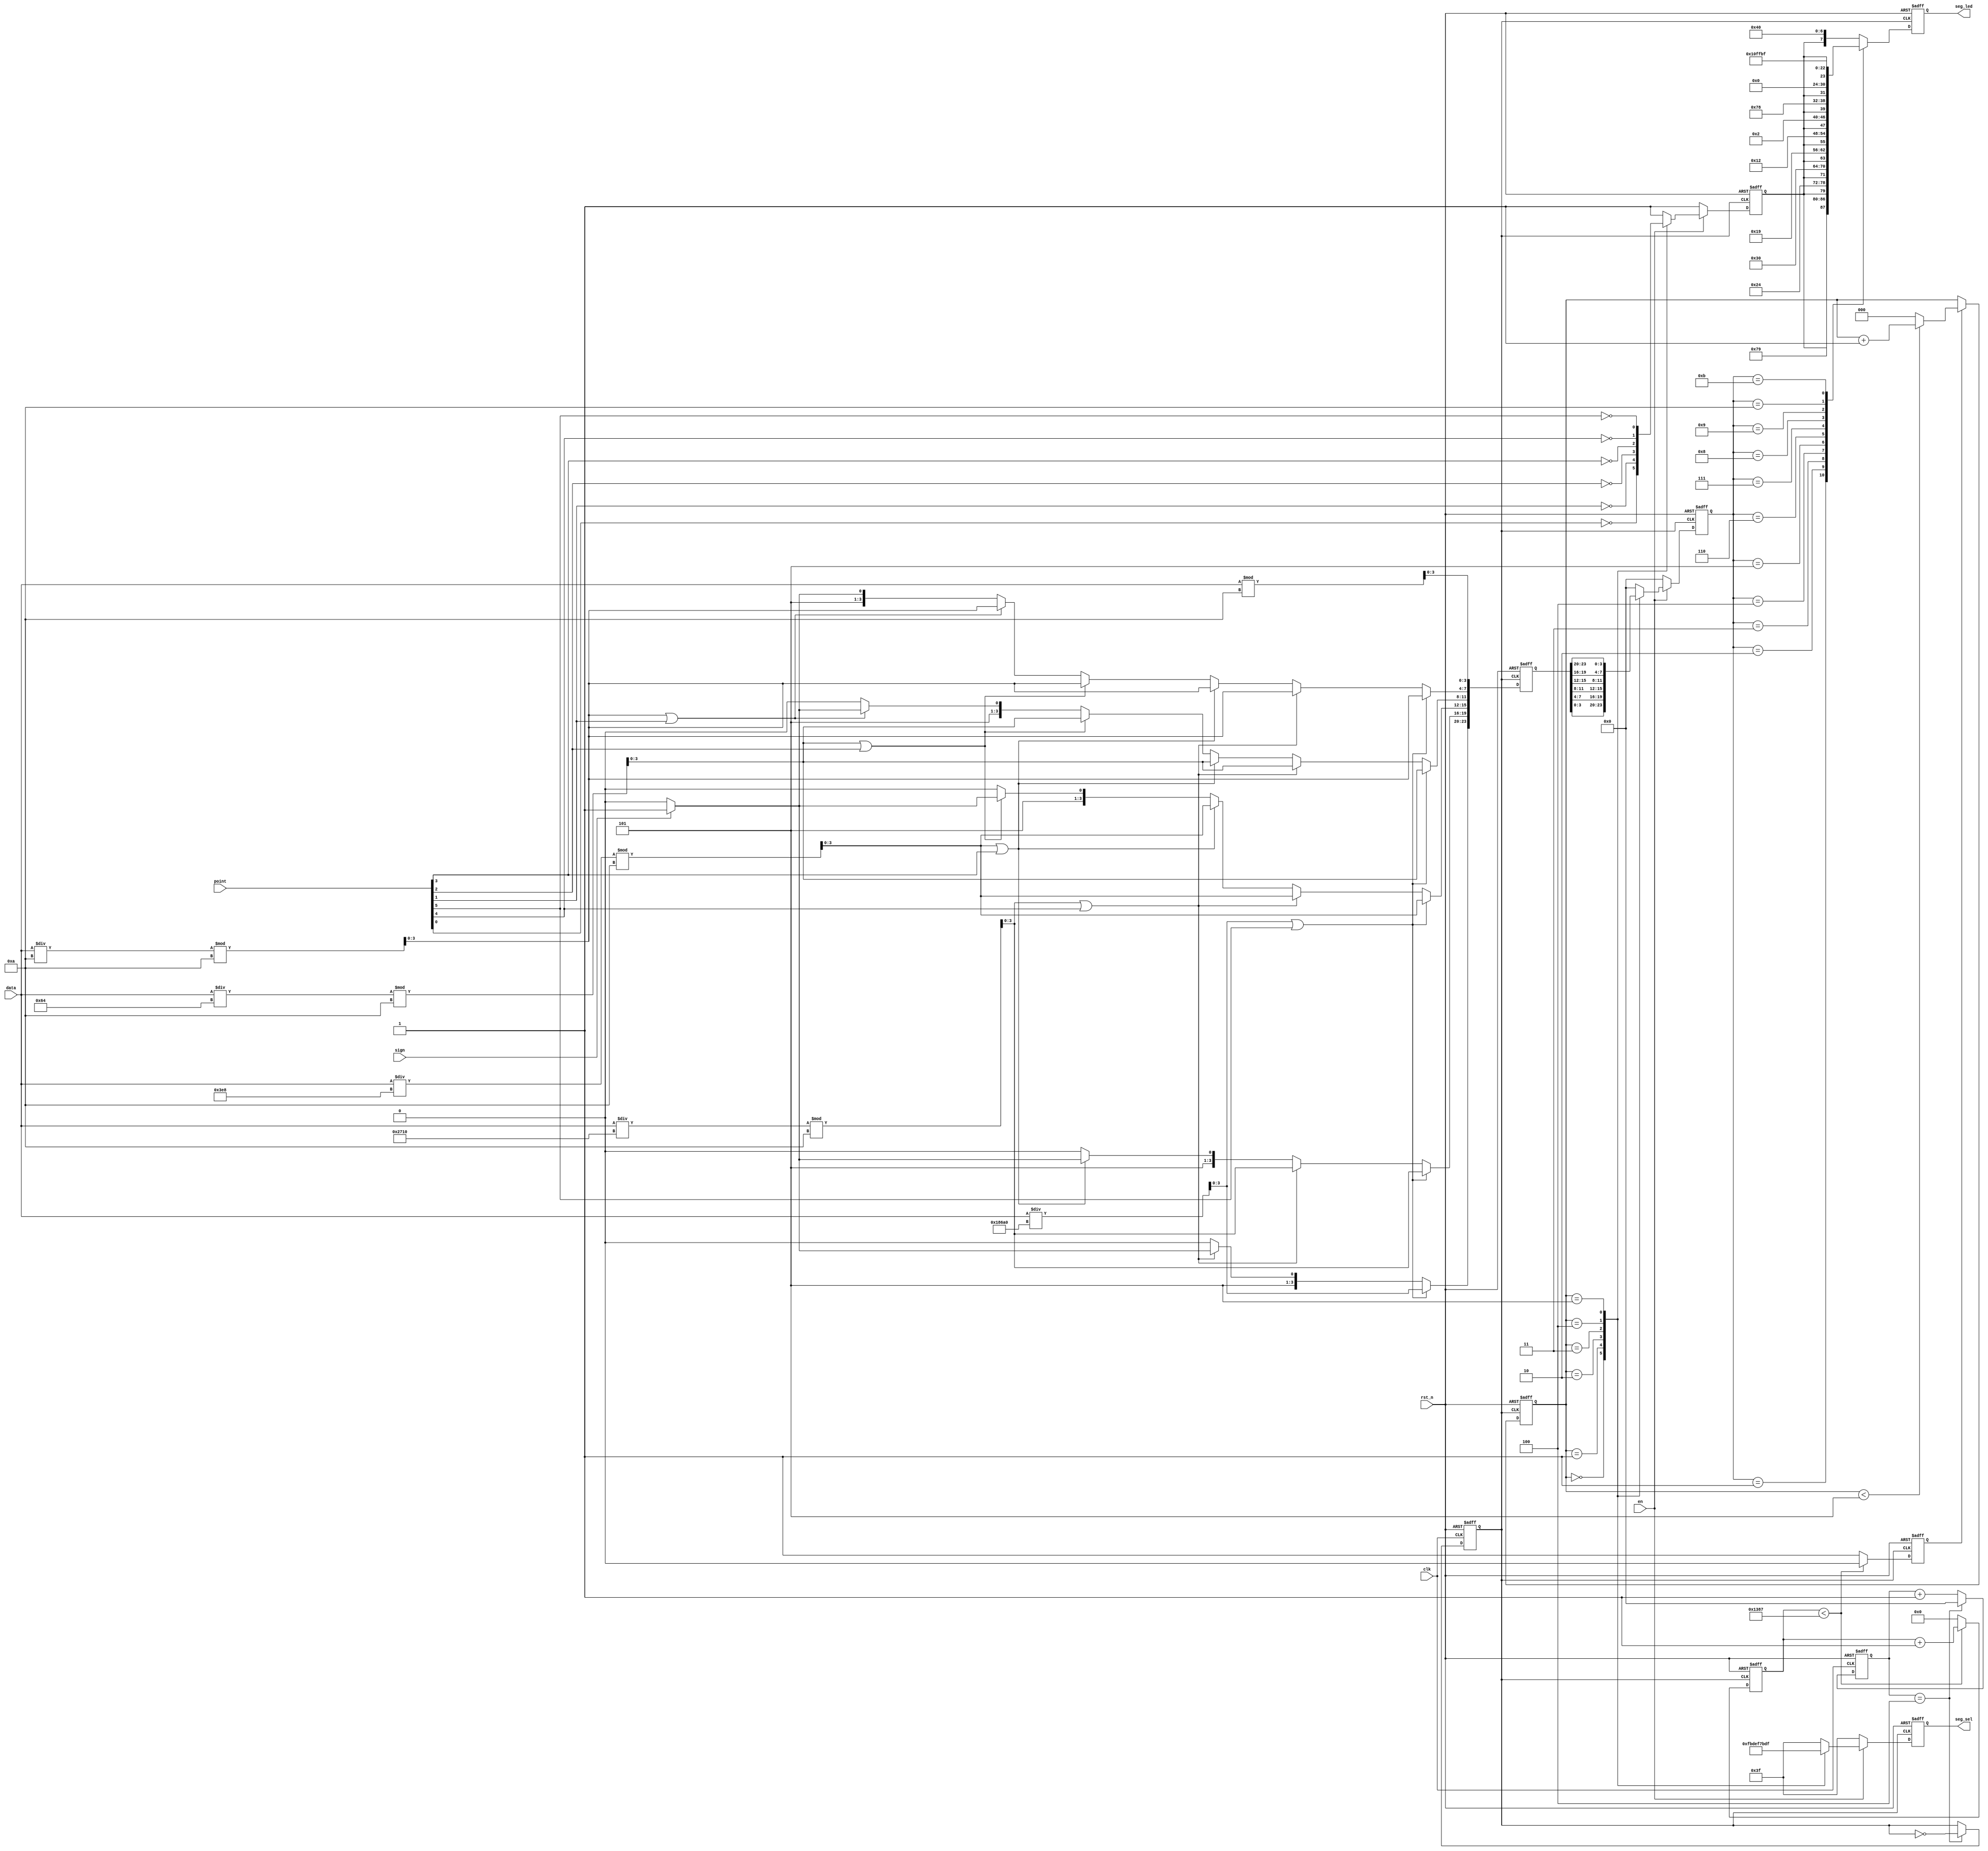
//****************************************Copyright (c)***********************************//
//www.openedv.com
//http://openedv.taobao.com
//""FPGA & STM32
//
//Copyright(C)  2018-2028
//All rights reserved
//----------------------------------------------------------------------------------------
// File name:           seg_led
// Last modified Date:  2018/3/13 9:03:06
// Last Version:        V1.0
// Descriptions:        
//----------------------------------------------------------------------------------------
// Created by:          
// Created date:        2018/3/13 9:03:09
// Version:             V1.0
// Descriptions:        The original version
//
//----------------------------------------------------------------------------------------
//****************************************************************************************//

module seg_led(
    input                   clk    ,        // 
    input                   rst_n  ,        // 

    input         [19:0]    data   ,        // 6
    input         [5:0]     point  ,        // ,,
    input                   en     ,        // 
    input                   sign   ,        // -

    output   reg  [5:0]     seg_sel,        // 
    output   reg  [7:0]     seg_led         // 
    );

//parameter define
localparam  CLK_DIVIDE = 4'd10     ;        // 
localparam  MAX_NUM    = 13'd5000  ;        // (5MHz)1ms

//reg define
reg    [ 3:0]             clk_cnt  ;        // 
reg                       dri_clk  ;        // ,5MHz
reg    [23:0]             num      ;        // 24bcd
reg    [12:0]             cnt0     ;        // 
reg                       flag     ;        // cnt01ms
reg    [2:0]              cnt_sel  ;        // 
reg    [3:0]              num_disp ;        // 
reg                       dot_disp ;        // 

//wire define
wire   [3:0]              data0    ;        // 
wire   [3:0]              data1    ;        // 
wire   [3:0]              data2    ;        // 
wire   [3:0]              data3    ;        // 
wire   [3:0]              data4    ;        // 
wire   [3:0]              data5    ;        // 

//*****************************************************
//**                    main code
//*****************************************************

//
assign  data0 = data % 4'd10;               // 
assign  data1 = data / 4'd10 % 4'd10   ;    // 
assign  data2 = data / 7'd100 % 4'd10  ;    // 
assign  data3 = data / 10'd1000 % 4'd10 ;   // 
assign  data4 = data / 14'd10000 % 4'd10;   // 
assign  data5 = data / 17'd100000;          // 

//105MHzdri_clk
always @(posedge clk or negedge rst_n) begin
   if(!rst_n) begin
       clk_cnt <= 4'd0;
       dri_clk <= 1'b1;
   end
   else if(clk_cnt == CLK_DIVIDE/2 - 1'd1) begin
       clk_cnt <= 4'd0;
       dri_clk <= ~dri_clk;
   end
   else begin
       clk_cnt <= clk_cnt + 1'b1;
       dri_clk <= dri_clk;
   end
end

//2028421bcd(41
always @ (posedge dri_clk or negedge rst_n) begin
    if (!rst_n)
        num <= 24'b0;
    else begin
        if (data5 || point[5]) begin     //6
            num[23:20] <= data5;         //6
            num[19:16] <= data4;
            num[15:12] <= data3;
            num[11:8]  <= data2;
            num[ 7:4]  <= data1;
            num[ 3:0]  <= data0;
        end
        else begin                         
            if (data4 || point[4]) begin //55
                num[19:0] <= {data4,data3,data2,data1,data0};
                if(sign)                    
                    num[23:20] <= 4'd11; //6
                else
                    num[23:20] <= 4'd10; //6
            end
            else begin                   //44
                if (data3 || point[3]) begin
                    num[15: 0] <= {data3,data2,data1,data0};
                    num[23:20] <= 4'd10; //6
                    if(sign)             //5
                        num[19:16] <= 4'd11;
                    else                 //5
                        num[19:16] <= 4'd10;
                end
                else begin               //33
                    if (data2 || point[2]) begin
                        num[11: 0] <= {data2,data1,data0};
                                         //65
                        num[23:16] <= {2{4'd10}};
                        if(sign)         //4
                            num[15:12] <= 4'd11;
                        else             //4
                            num[15:12] <= 4'd10;
                    end
                    else begin           //22
                        if (data1 || point[1]) begin
                            num[ 7: 0] <= {data1,data0};
                                         //654
                            num[23:12] <= {3{4'd10}};
                            if(sign)     //3
                                num[11:8]  <= 4'd11;
                            else         //3
                                num[11:8] <=  4'd10;
                        end
                        else begin       //1
                            num[3:0] <= data0;
                                         //65
                            num[23:8] <= {4{4'd10}};
                            if(sign)     //2
                                num[7:4] <= 4'd11;
                            else         //2
                                num[7:4] <= 4'd10;
                        end
                    end
                end
            end
        end
    end
end

//1ms
always @ (posedge dri_clk or negedge rst_n) begin
    if (rst_n == 1'b0) begin
        cnt0 <= 13'b0;
        flag <= 1'b0;
     end
    else if (cnt0 < MAX_NUM - 1'b1) begin
        cnt0 <= cnt0 + 1'b1;
        flag <= 1'b0;
     end
    else begin
        cnt0 <= 13'b0;
        flag <= 1'b1;
     end
end

//cnt_sel05
always @ (posedge dri_clk or negedge rst_n) begin
    if (rst_n == 1'b0)
        cnt_sel <= 3'b0;
    else if(flag) begin
        if(cnt_sel < 3'd5)
            cnt_sel <= cnt_sel + 1'b1;
        else
            cnt_sel <= 3'b0;
    end
    else
        cnt_sel <= cnt_sel;
end

//6
always @ (posedge dri_clk or negedge rst_n) begin
    if(!rst_n) begin
        seg_sel  <= 6'b111111;              //
        num_disp <= 4'b0;           
        dot_disp <= 1'b1;                   //
    end
    else begin
        if(en) begin
            case (cnt_sel)
                3'd0 :begin
                    seg_sel  <= 6'b111110;  //
                    num_disp <= num[3:0] ;  //
                    dot_disp <= ~point[0];  //
                end
                3'd1 :begin
                    seg_sel  <= 6'b111101;  //1
                    num_disp <= num[7:4] ;
                    dot_disp <= ~point[1];
                end
                3'd2 :begin
                    seg_sel  <= 6'b111011;  //2
                    num_disp <= num[11:8];
                    dot_disp <= ~point[2];
                end
                3'd3 :begin
                    seg_sel  <= 6'b110111;  //3
                    num_disp <= num[15:12];
                    dot_disp <= ~point[3];
                end
                3'd4 :begin
                    seg_sel  <= 6'b101111;  //4
                    num_disp <= num[19:16];
                    dot_disp <= ~point[4];
                end
                3'd5 :begin
                    seg_sel  <= 6'b011111;  //
                    num_disp <= num[23:20];
                    dot_disp <= ~point[5];
                end
                default :begin
                    seg_sel  <= 6'b111111;
                    num_disp <= 4'b0;
                    dot_disp <= 1'b1;
                end
            endcase
        end
        else begin
            seg_sel  <= 6'b111111;          //0
            num_disp <= 4'b0;
            dot_disp <= 1'b1;
        end
    end
end

//
always @ (posedge dri_clk or negedge rst_n) begin
    if (!rst_n)
        seg_led <= 8'hc0;
    else begin
        case (num_disp)
            4'd0 : seg_led <= {dot_disp,7'b1000000}; // 0
            4'd1 : seg_led <= {dot_disp,7'b1111001}; // 1
            4'd2 : seg_led <= {dot_disp,7'b0100100}; // 2
            4'd3 : seg_led <= {dot_disp,7'b0110000}; // 3
            4'd4 : seg_led <= {dot_disp,7'b0011001}; // 4
            4'd5 : seg_led <= {dot_disp,7'b0010010}; // 5
            4'd6 : seg_led <= {dot_disp,7'b0000010}; // 6
            4'd7 : seg_led <= {dot_disp,7'b1111000}; // 7
            4'd8 : seg_led <= {dot_disp,7'b0000000}; // 8
            4'd9 : seg_led <= {dot_disp,7'b0010000}; // 9
            4'd10: seg_led <= 8'b11111111;           //
            4'd11: seg_led <= 8'b10111111;           //(-)
            default: 
                   seg_led <= {dot_disp,7'b1000000};
        endcase
    end
end

endmodule